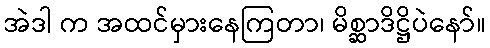
အဲဒါ က အထင်မှားနေကြတာ၊ မိစ္ဆာဒိဋ္ဌိပဲနော်။